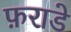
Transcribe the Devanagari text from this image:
फ़राडे